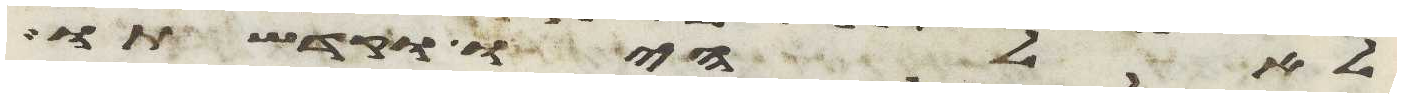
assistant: לאלהיו וקדשתו